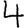
Digit: 4